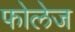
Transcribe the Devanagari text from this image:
फोलेज